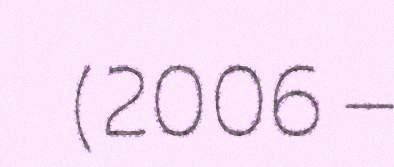
(2006 –